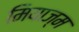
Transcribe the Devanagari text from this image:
मियाज्म